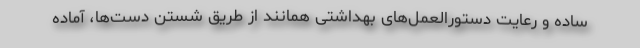
ساده و رعایت دستورالعمل‌های بهداشتی همانند از طریق شستن دست‌ها، آماده